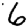
Digit: 6